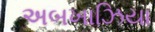
અબખાઝિયા